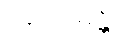
ပဝေဓေန္တိ